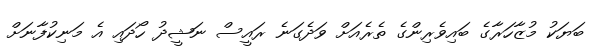
ބަޔަކު މުޒާހަރާގެ ބައިވެރިންގެ ތެރެއަށް ވަދެގަނެ ރައީސް ނަޝީދު ހޯދައި އެ މަނިކުފާނަށް